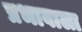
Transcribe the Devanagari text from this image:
प्रभावाला